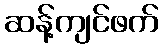
ဆန့်ကျင်ဖက်